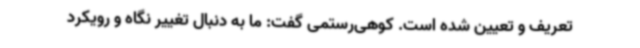
تعریف و تعیین شده است. کوهی‌رستمی گفت: ما به دنبال تغییر نگاه و رویکرد